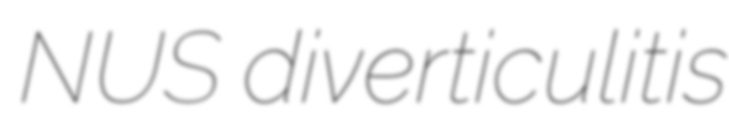
NUS diverticulitis